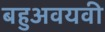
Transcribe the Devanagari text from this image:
बहुअवयवी